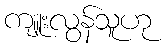
ကျူးလွန်သူဟု